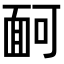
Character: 𩈔